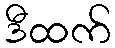
ဒီထက်